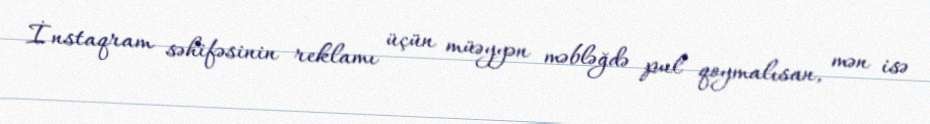
İnstaqram səhifəsinin reklamı üçün müəyyən məbləğdə pul qoymalısan, mən isə